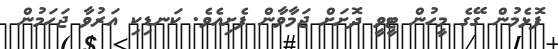
ފޮޅެމުން ގޭގެ މީހުން ޓީވީ ދޮށަށް ޖަމާވާން ފެށިއެވެ. ކަނޑިކި އަރުވާ ޖަހަމުން